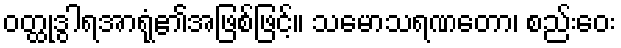
ဝတ္ထုဒွါရအာရုံ၏အဖြစ်ဖြင့်။ သမောသရဏတော၊ စည်းဝေး